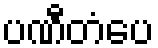
ပဏီတံပေ